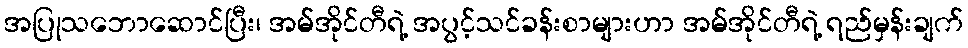
အပြုသဘောဆောင်ပြီး၊ အမ်အိုင်တီရဲ့ အပွင့်သင်ခန်းစာများဟာ အမ်အိုင်တီရဲ့ ရည်မှန်းချက်